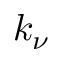
k _ { \nu }